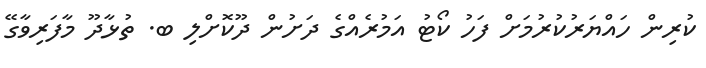
ކުރިން ހައްޔަރުކުރުމަށް ފަހު ކޯޓު އަމުރެއްގެ ދަށުން ދޫކޮށްލި ބ. ތުޅާދޫ މާފަރިވާގޭ